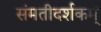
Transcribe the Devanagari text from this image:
संमतीदर्शकम्